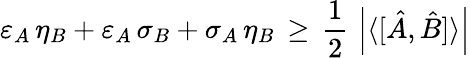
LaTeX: \varepsilon_{A}\, \eta_{B}+\varepsilon_{A}\, \sigma_{B}+\sigma_{A}\, \eta_{B}\, \geq\, {\frac{1}{2}}\, \left|\langle[{\hat{A}},{\hat{B}}]\rangle\right|